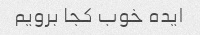
ایده خوب کجا برویم